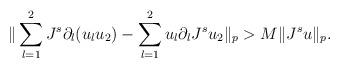
LaTeX: \begin{align*}\| \sum_{l=1}^2 J^s \partial_l (u_l u_2) - \sum_{l=1}^2 u_l \partial_l J^s u_2 \|_p> M \|J^s u\|_p.\end{align*}